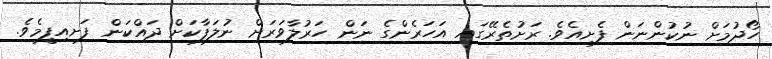
ހޯދުމަށް ނުކުންނަން ފެށިއެވެ. ރަށުތެރޭގައި އަހަރެންގެ ނަން ހަރުލާވަރަށް ނުލަފާކަށް ދައްކަން ފަށއިފީމެވެ.